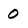
Character: 0